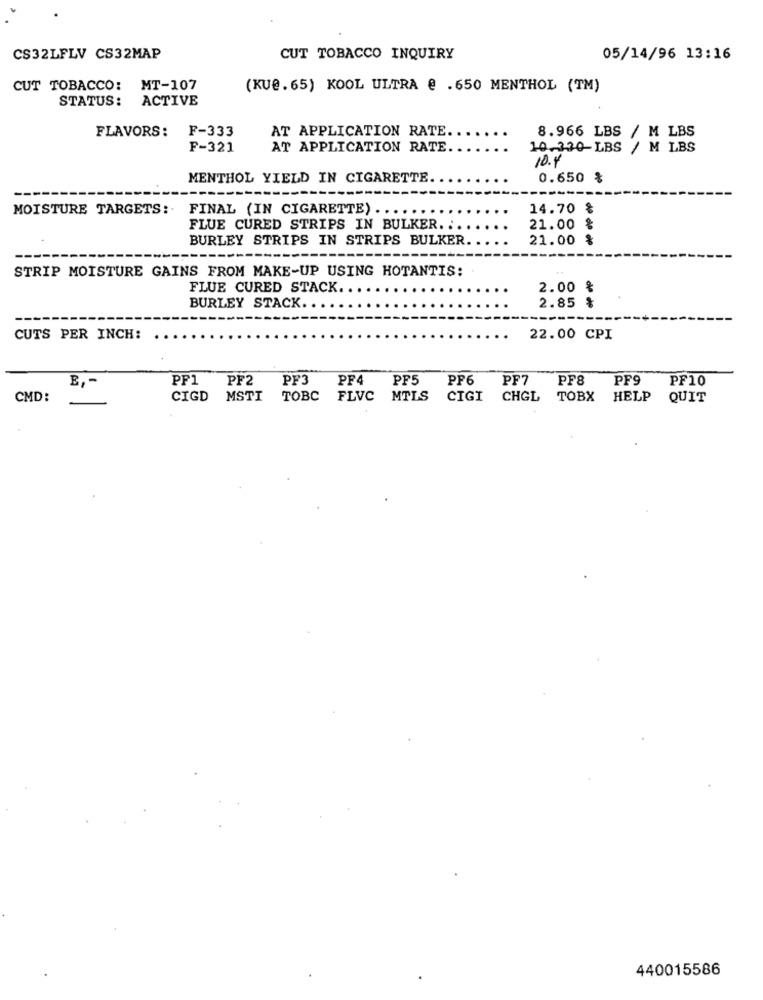
CS32LFLV CS32MAP
CUT TOBACCO INQUIRY
05/14/96 13:16
CUT TOBACCO: MT-107
(KU@.65) KOOL ULTRA @ .650 MENTHOL (TM)
STATUS: ACTIVE
FLAVORS: F-333
AT APPLICATION RATE.
8.966 LBS / M LBS
F-321
AT APPLICATION RATE
10.330-LBS / M LBS
10.4
MENTHOL YIELD IN CIGARETTE.
0.650 %
MOISTURE TARGETS: FINAL (IN CIGARETTE) .
14.70 %
FLUE CURED STRIPS IN BULKER. ..
21.00 %
BURLEY STRIPS IN STRIPS BULKER
21.00 %
STRIP MOISTURE GAINS FROM MAKE-UP USING HOTANTIS:
FLUE CURED STACK ..
2.00 %
BURLEY STACK.
2.85 %
CUTS PER INCH:
22.00 CPI
E, -
PP1
PF2
PF3
PF4
PF5
PP6
PF7
PF8
PF9
PF10
CMD:
CIGD
MSTI
TOBC
FLVC MTLS
CIGI
CHGL
TOBX
HELP
QUIT
440015586